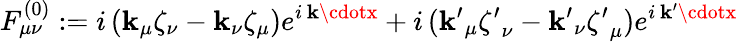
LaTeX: F_{\mu\nu}^{(0)}:=i\, (\mathbf{k}_{\mu}\zeta_{\nu}-\mathbf{k}_{\nu}\zeta_{\mu})e^{i\, \mathbf{k}\cdotx}+i\, ({\mathbf{k}^{\prime}}_{\mu}{\zeta^{\prime}}_{\nu}-{\mathbf{k}^{\prime}}_{\nu}{\zeta^{\prime}}_{\mu})e^{i\, \mathbf{k}^{\prime}\cdotx}